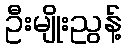
ဦးမျိုးညွန့်